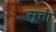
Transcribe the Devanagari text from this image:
सूत्ती